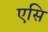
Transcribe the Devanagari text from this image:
एसि